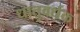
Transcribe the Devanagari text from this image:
धातुवर्धक